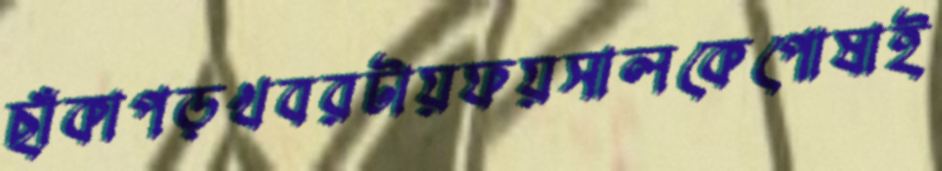
ছাঁকাপড়খবরটায়ফয়সালকেপোষাই